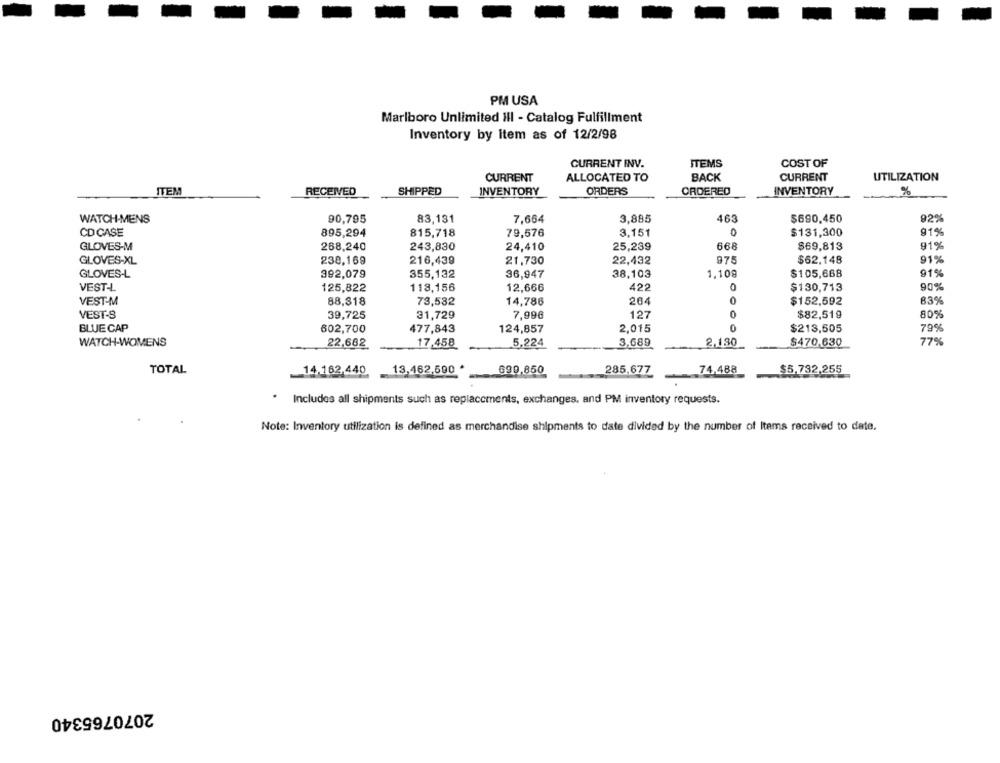
PM USA
Marlboro Unlimited III - Catalog Fulfillment
Inventory by Item as of 12/2/98
CURRENT INV.
ITEMS
COST OF
BACK
CURRENT
ALLOCATED TO
CURRENT
UTILIZATION
ITEM
RECEIVED
SHIPPED
INVENTORY
ORDERS
ORDERED
INVENTORY
%
WATCH-MENS
90,795
83,131
7,664
3,885
463
$690,450
92%
CD CASE
895,294
815,718
79,576
3,151
0
$131,300
91%
$69,813
GLOVES-M
268,240
243,830
24,410
25,239
668
91%
GLOVES-XL
238,169
216,439
21,730
22,432
975
$62,148
91%
GLOVES-L
392,079
355,132
36,947
38,103
1,109
$105,668
91%
VEST-L
125,822
118,156
12,666
422
$130,713
90%
VEST-M
88,318
73,532
14,786
264
$152,592
83%
VEST-8
127
0
$82,519
80%
39,725
31,729
7,996
BLUE CAP
477,843
124,857
2,015
0
$213,505
79%
602,700
WATCH-WOMENS
22,662
17,458
5,224
3,689
2,130
$470,630
77%
TOTAL
14.162,440, 13,462,590 *
690,850
285,677
74.488
$5,732,255
.
Includes all shipments such as replacements, exchanges, and PM inventory requests.
Note: Inventory utilization is defined as merchandise shipments to date divided by the number of Items received to date.
2070765340